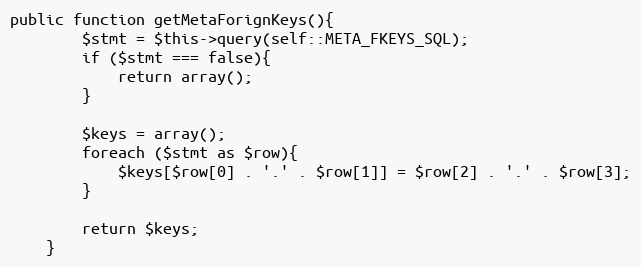
Language: PHP
public function getMetaForignKeys(){
        $stmt = $this->query(self::META_FKEYS_SQL);
        if ($stmt === false){
            return array();
        }

        $keys = array();
        foreach ($stmt as $row){
            $keys[$row[0] . '.' . $row[1]] = $row[2] . '.' . $row[3];
        }

        return $keys;
    }